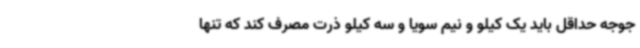
جوجه حداقل باید یک کیلو و نیم سویا و سه کیلو ذرت مصرف کند که تنها